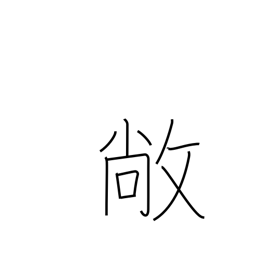
Meaning: high and flat